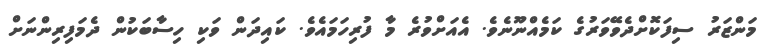
މަންޒަރު ސިފަކޮށްދެވޭވަރުގެ ކަމެއްނޫނެވެ. އެއަށްވުރެ މާ ފުރިހަމައެވެ. ކައިދަން ވަކި ހިސާބަކުން ދެމަފިރިންނަށް